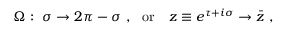
\Omega : \ \sigma \to 2 \pi - \sigma \ , \ \ \mathrm { o r } \ \ \ z \equiv e ^ { \tau + i \sigma } \to \bar { z } \ ,